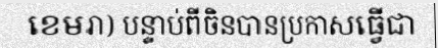
ខេមរា) បន្ទាប់ពីចិនបានប្រកាសធ្វើជា